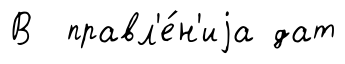
В правл'е́н'иjа дат